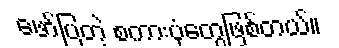
ဖော်ပြတဲ့ စကားပုံတွေဖြစ်တယ်။